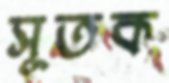
সূতক